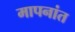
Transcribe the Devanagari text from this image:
मापनांत